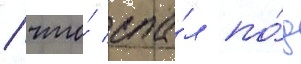
/ что́ спа́л по́д